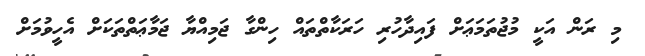
މި ރަން އަކީ މުޖުތަމަޢަށް ފައިދާހުރި ހަރަކާތްތައް ހިންގާ ޖަމިއްޔާ ޖަމާޢަތްތަކަށް އެހީވުމަށް